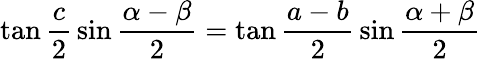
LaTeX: \tan{\frac{c}{2}}\sin{\frac{\alpha-\beta}{2}}=\tan{\frac{a-b}{2}}\sin{\frac{\alpha+\beta}{2}}